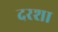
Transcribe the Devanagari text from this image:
दरशा